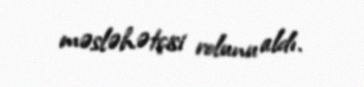
məsləhətçisi rolunu aldı.